Document type: Grant
Year: 1310
Scribe: [Unknown]
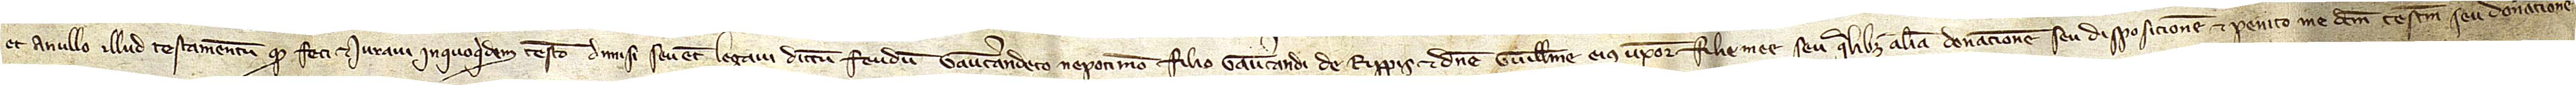
et anullo illud testamentum quod feci et iuravi in quoquidem testamento dimisi seu etiam legavi dictum feudum Gaucerandeto, nepoti meo, filio Gaucerandi de Rippis et domine Guillelme, eius uxore, filie mee, seu qualibet aliam donacionem seu disposicionem, et penito me dictum testamentum seu donacionem